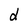
Character: d